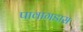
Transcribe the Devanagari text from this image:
पावागडास